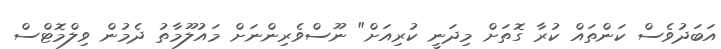
އަބަދުވެސް ކަންތައް ކުރާ ގޮތަށް މިދަނީ ކުރިއަށް" ނޫސްވެރިންނަށް މައުލޫމާތު ދެމުން ވިލްމޮޓްސް